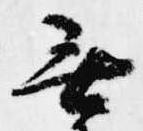
無